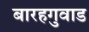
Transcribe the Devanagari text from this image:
बारहगुवाड